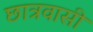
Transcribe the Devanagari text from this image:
छात्रवासी